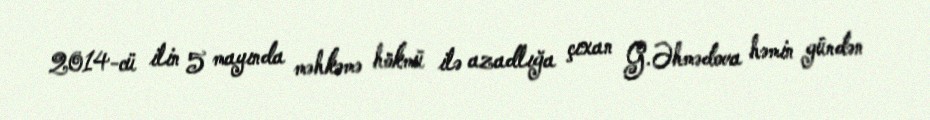
2014-cü ilin 5 mayında məhkəmə hökmü ilə azadlığa çıxan G.Əhmədova həmin gündən